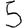
Digit: 5